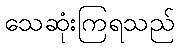
သေဆုံးကြရသည်